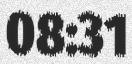
08:31